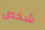
شخص